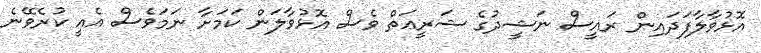
އޮޅުވާލާފަދައިން ރައީސް ނަޝީދުގެ ޝަރީޢަތް ވެސް އޮޅުވާލަން ކަމަށާ ނަމަވެސް އެއީ ކުރެވޭނެ